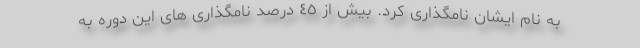
به نام ایشان نامگذارى کرد. بیش از ٤٥ درصد نامگذاری هاى این دوره به